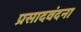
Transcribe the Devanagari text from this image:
प्रसादवंदना